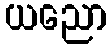
ယညော